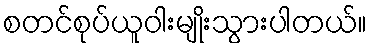
စတင်စုပ်ယူဝါးမျိုးသွားပါတယ်။